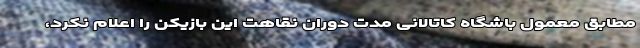
مطابق معمول باشگاه کاتالانی مدت دوران نقاهت این بازیکن را اعلام نکرد،